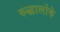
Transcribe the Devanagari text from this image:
रुद्धालोके